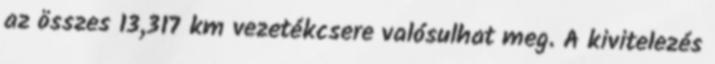
az összes 13,317 km vezetékcsere valósulhat meg. A kivitelezés